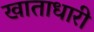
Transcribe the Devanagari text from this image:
खाताधारी